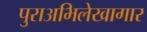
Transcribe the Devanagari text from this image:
पुराअभिलेखागार